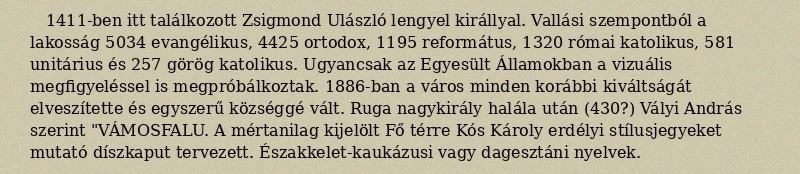
1411-ben itt találkozott Zsigmond Ulászló lengyel királlyal. Vallási szempontból a lakosság 5034 evangélikus, 4425 ortodox, 1195 református, 1320 római katolikus, 581 unitárius és 257 görög katolikus. Ugyancsak az Egyesült Államokban a vizuális megfigyeléssel is megpróbálkoztak. 1886-ban a város minden korábbi kiváltságát elveszítette és egyszerű községgé vált. Ruga nagykirály halála után (430?) Vályi András szerint "VÁMOSFALU. A mértanilag kijelölt Fő térre Kós Károly erdélyi stílusjegyeket mutató díszkaput tervezett. Északkelet-kaukázusi vagy dagesztáni nyelvek.